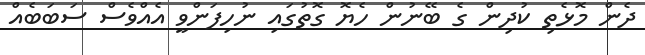
ދެން މޮޅެތި ކުދިން ގެ ބޭނުން ހެޔޮ ގޮތުގައި ނުހިފަންވީ އެއްވެސް ސަބަބެއް